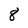
Character: 8